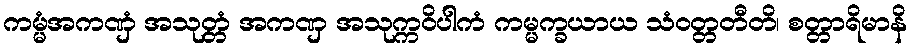
ကမ္မံအကဏှံ အသုတ္တံ အကဏှ အသုက္ကဝိပါကံ ကမ္မက္ခယာယ သံဝတ္တတီတိ၊ စတ္တာရိမာနိ